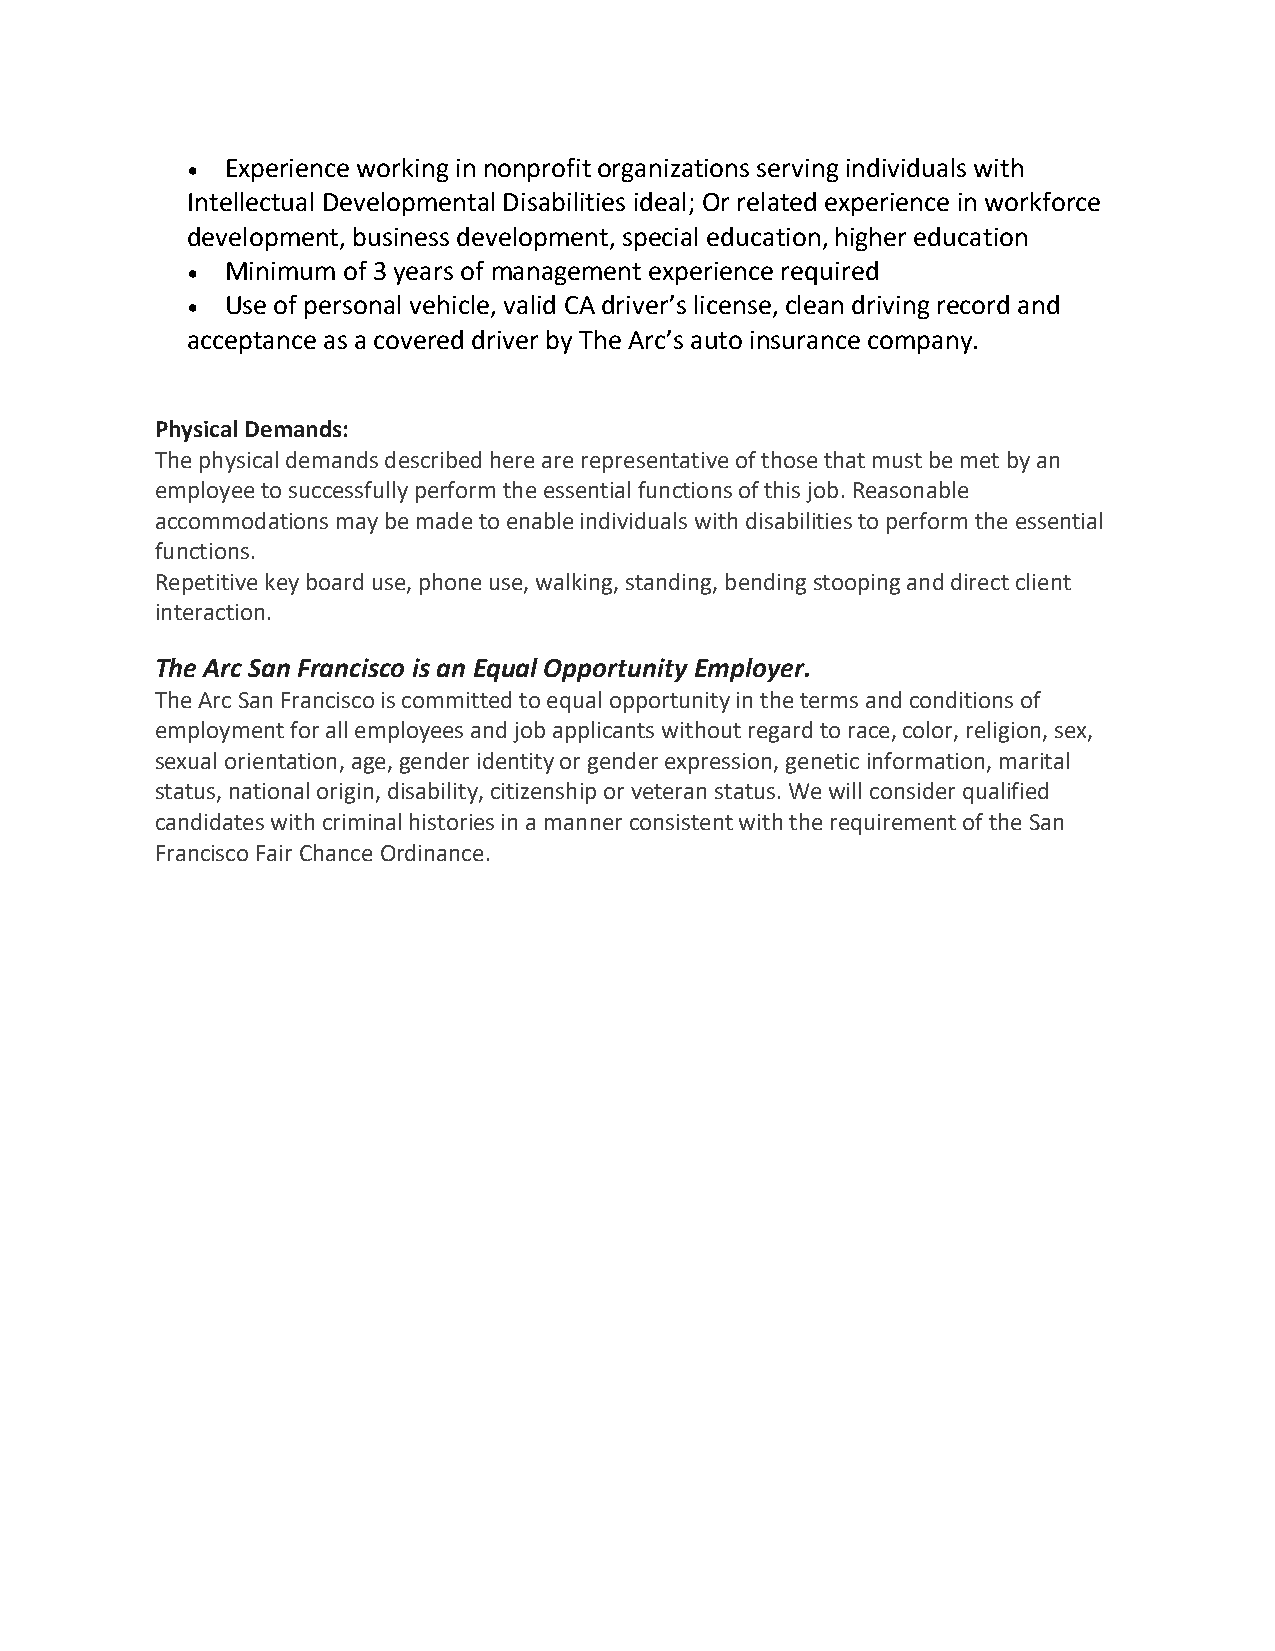
•  Experience working in nonprofit organizations serving individuals with
 Intellectual Developmental Disabilities ideal; Or related experience in workforce
 development, business development, special education, higher education
 •  Minimum of 3 years of management experience required
 •  Use of personal vehicle, valid CA driver’s license, clean driving record and
 acceptance as a covered driver by The Arc’s auto insurance company.
 Physical Demands:
 The physical demands described here are representative of those that must be met by an
 employee to successfully perform the essential functions of this job. Reasonable
 accommodations may be made to enable individuals with disabilities to perform the essential
 functions.
 Repetitive key board use, phone use, walking, standing, bending stooping and direct client
 interaction.
 The Arc San Francisco is an Equal Opportunity Employer.
 The Arc San Francisco is committed to equal opportunity in the terms and conditions of
 employment for all employees and job applicants without regard to race, color, religion, sex,
 sexual orientation, age, gender identity or gender expression, genetic information, marital
 status, national origin, disability, citizenship or veteran status. We will consider qualified
 candidates with criminal histories in a manner consistent with the requirement of the San
 Francisco Fair Chance Ordinance.